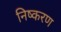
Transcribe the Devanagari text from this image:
निष्करण